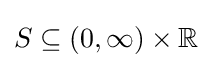
S\subseteq (0,\infty )\times \mathbb {R}